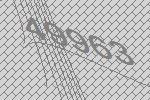
49963